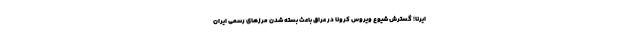
ایرنا؛ گسترش شیوع ویروس کرونا در عراق باعث بسته شدن مرزهای رسمی ایران